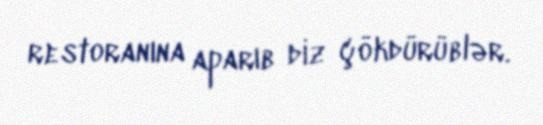
restoranına aparıb diz çökdürüblər.